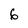
Character: 6